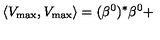
\left\langle V _ { \max } , V _ { \max } \right\rangle = ( \beta ^ { 0 } ) ^ { * } \beta ^ { 0 } +